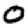
Digit: 0